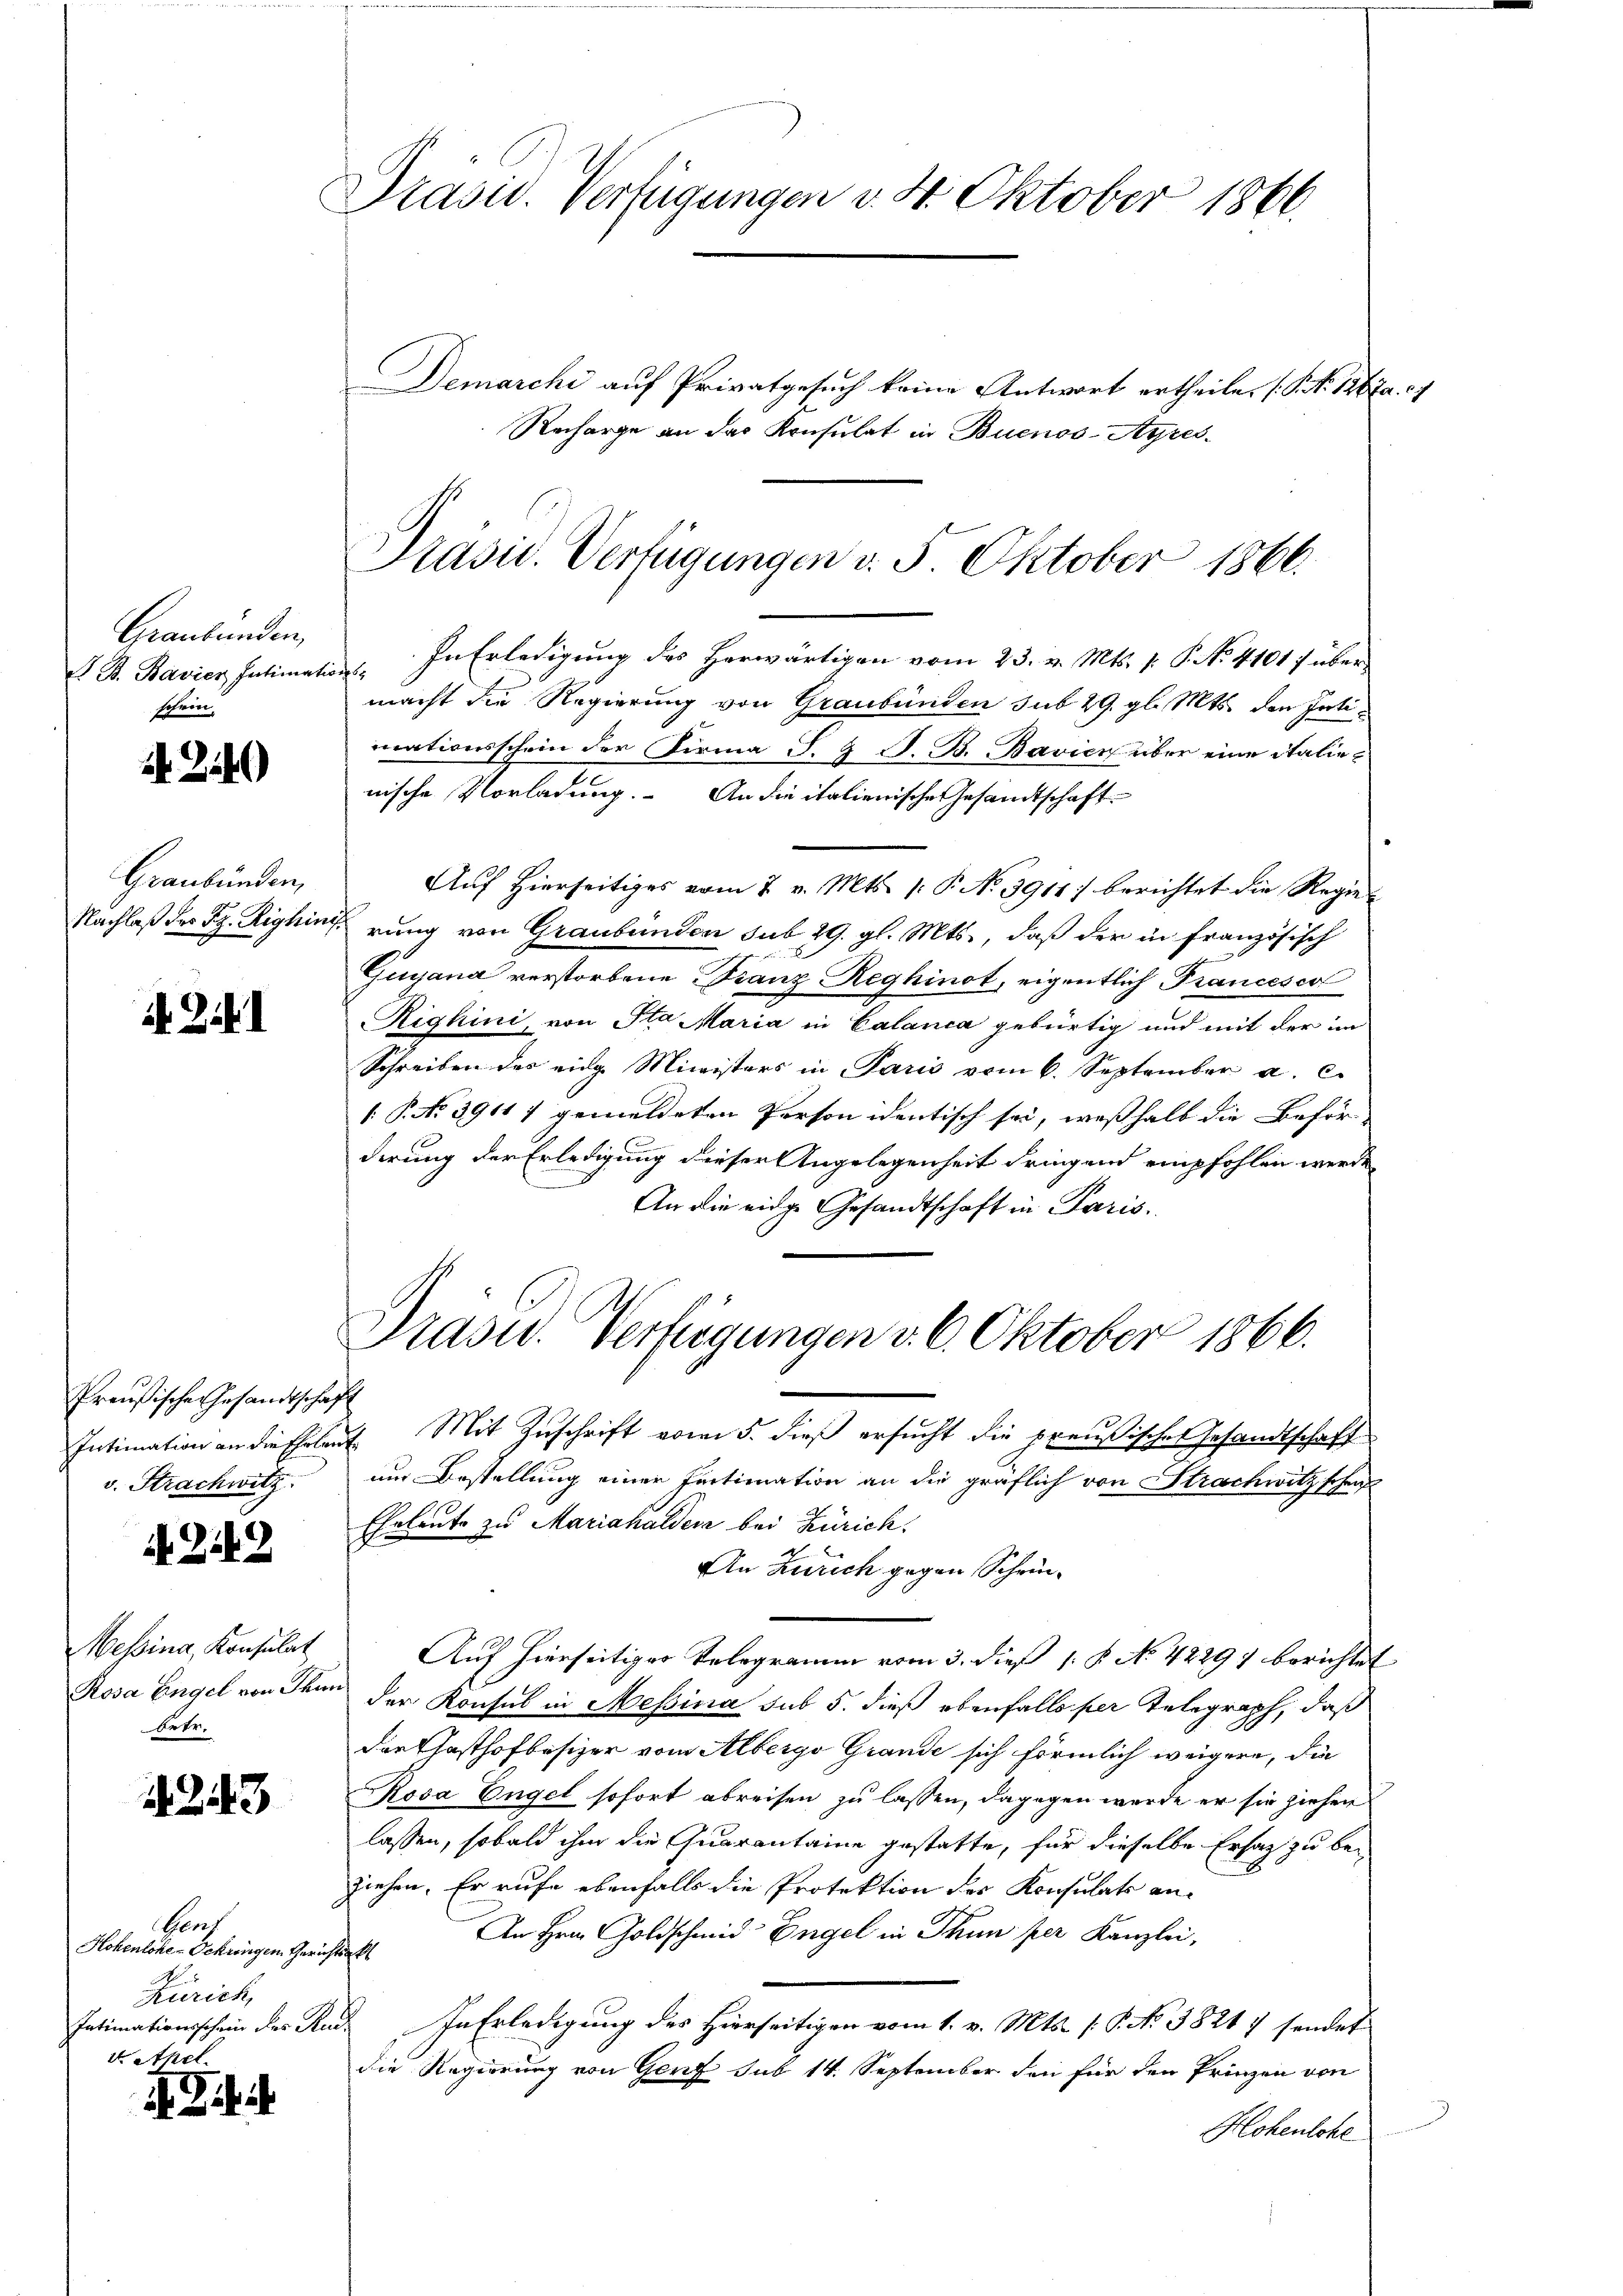
Graubünden,
R S. Bavier Intimati
schein.

.24)

Graubünden,
Nachlaß der Fr. Righin

2

Preußische Gesandtschaft
v. Strachwitz.

i

49

essina, Konsulat
Rosa Engel von Thun
betr.

1243

Genf
Hohenlohe Gehringen Gerich
Zürich,
Intimationsschein des Re
d Athel

4 Ziff

Präsid. Verfügungen v. 4. Oktober 1866.

Demarchi auf Privatgesuch keine Antwort ertheilen (S. 1267. 27
Recharge an der Konsulat in Buenos-Ayres
In Erledigung des Herwärtigen vom 23. v. Mts. v. P. No. 41017 überif
macht die Regierung von Graubünden sub 29. gl. Mts. den Intimationsschein der Firma S. 7 S. B. Bavier über eine italienische Vorladung. An die italienische Gesandtschaft
Auf Hierseitiges vom 7. v. Mts. 1. P. No 3911 berichtet die Regierung von Graubünden sub 29. gl. Mts., daß der in französisch
Gijana verstorbene Franz Reghinot, eigentlich Francescol
Righini, von Sta Maria in Calanca gebürtig und mit der im
Schreiben des eige Ministers in Paris vom 6. September a. c.
 P. No 39117 gemeldeten Person identisch sei, weßhalb die Beför-
dirung der Erledigung dieser Angelegenheit dringend empfohlen werde
An die eidge Gesandtschaft in Paris.
Präsid. Verfügungen v. 6. Oktober 1866.
Intimation an die Erlaut Mit Zŭschrift vom 5. dieβ ersŭcht die preußisches Gesandtschaft
um Bestellung einer Eintimation an die gräflich von Strachwitz schrif
Ehrleute zu Mariahaldena bei Zürich.
An Zürich gegen Schein¬
Auf hierseitiger Telegramm vom 3. dieß 18 No 4229) berichtet
der Konsul in Messina sub 5. dieß ebenfalls per Telegraph, daß
darthasthofbesizer vom Albergs Grande sich förmlich weigere, die
Rosa Engel sofort abreisen zu lassen, dagegen werde er sie ziehen
lassen, sobald ihm die Quarantaine gestatte, für dieselbe Ersatz zu be-
ziehen. Er rufe ebenfalls die Protektion des Konsulato an¬
An Hrn. Goldschmid Engel in Thun per Kanzlei,
t
 In Erledigung des Hierseitigen vom 1. v. Mts. (T. No 38217 sendet
die Regierung von Genf sub 14. September den für den Prinzen von
Hohenlohe

Präsid. Verfügungen v. 5. Oktober 1866.